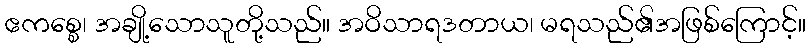
ဧကစ္စေ၊ အချို့သောသူတို့သည်။ အဝိသာရဒတာယ၊ မရသည်၏အဖြစ်ကြောင့်။